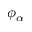
\phi _ { \alpha }